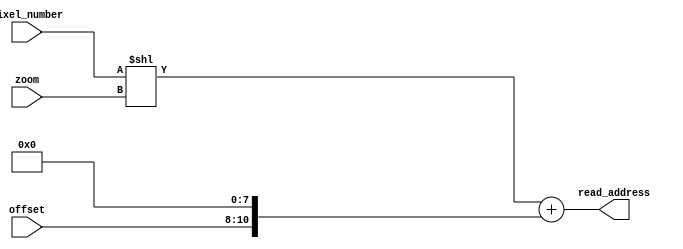
module RA_CTRL (
    input wire [9:0] pixel_number, //HSYNC
    input wire [2:0] zoom, //max 5
	 input wire [2:0]offset,
    output [14:0] read_address
);
 

assign read_address = (pixel_number << zoom)+ {3'b0,offset,8'b0} ;

endmodule //RA_CTRL